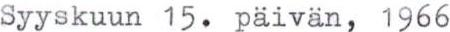
Syyskuun 15. päivän, 1966